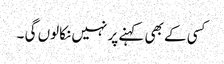
کسی کے بھی کہنے پر نہیں نکالوں گی ۔